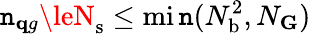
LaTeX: \mathtt{n}_{\mathbf{q}g}\leN_{\mathrm{{s}}}\leq\operatorname*{mi\mathtt{n}}(N_{\mathrm{{b}}}^{2},N_{\mathbf{G}})